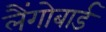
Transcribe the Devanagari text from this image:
लैंगोबार्ड